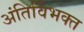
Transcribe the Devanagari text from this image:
अंतिर्विभक्त